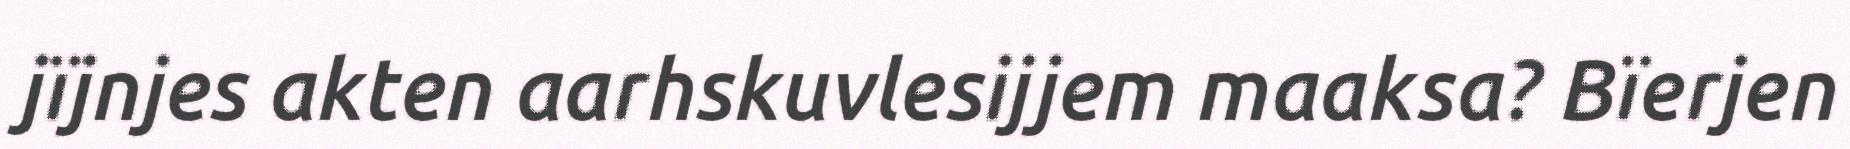
jïjnjes akten aarhskuvlesijjem maaksa? Bïerjen